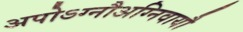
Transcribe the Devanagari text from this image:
अपोऽग्नौअग्निवायौ